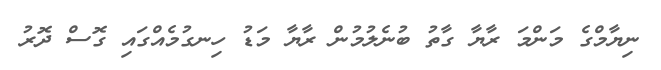
ނިޔާމްގެ މަންމަ ރާޔާ ގާތު ބުނެލުމުން ރާޔާ މަޑު ހިނގުމެއްގައި ގޮސް ދޮރު